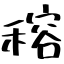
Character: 穃